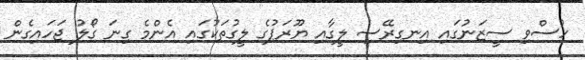
ހުސްވި ސީޒަނުގައި އިނގިރޭސި ލީގާއި ޔޫރަޕުގެ ލީގުތަކުގައި އެންމެ ގިނަ ގޯލު ޖަހައިގެން